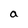
Character: a